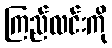
ကြည်လင်းကို